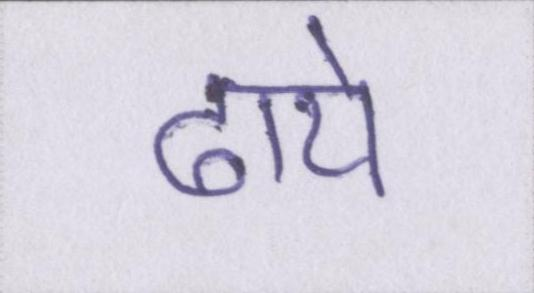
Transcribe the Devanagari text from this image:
ढाये